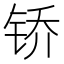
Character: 𫓱